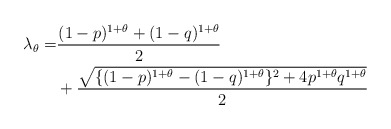
\begin{align*}\lambda_\theta =& \frac{(1-p)^{1+\theta} + (1-q)^{1+\theta} }{2} \\& + \frac{\sqrt{\{(1-p)^{1+\theta} - (1-q)^{1+\theta} \}^2 + 4 p^{1+\theta} q^{1+\theta}} }{2}\end{align*}